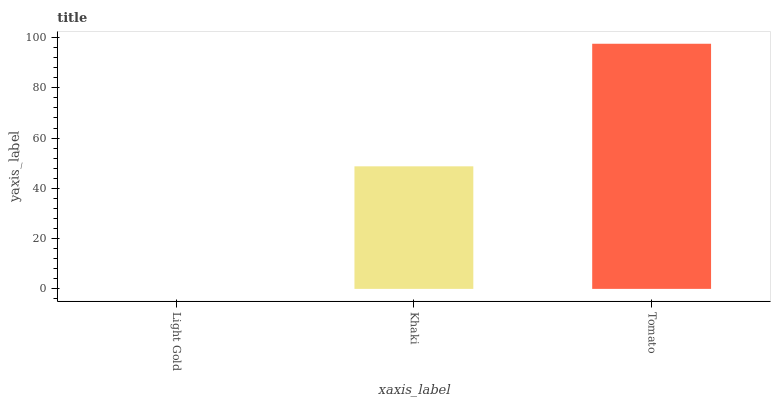
| xaxis_label | bars |
 | --- | --- |
 | Light Gold | 0 |
 | Khaki | 48.8 |
 | Tomato | 97.5 |